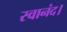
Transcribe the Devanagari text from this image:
स्वानंद।